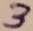
Text: 3